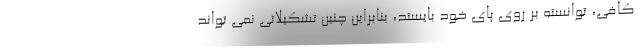
کافی، توانسته بر روی پای خود بایستد، بنابراین چنین تشکیلاتی نمی تواند